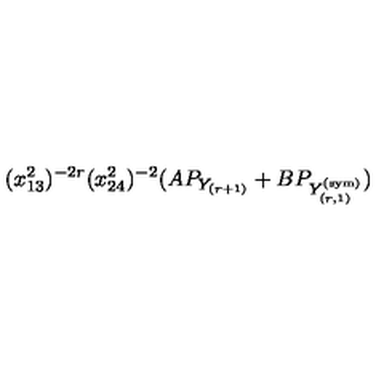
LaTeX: ( x _ { 1 3 } ^ { 2 } ) ^ { - 2 r } ( x _ { 2 4 } ^ { 2 } ) ^ { - 2 } ( A P _ { Y _ { ( r + 1 ) } } + B P _ { Y _ { ( r , 1 ) } ^ { ( \mathrm { s y m } ) } } )